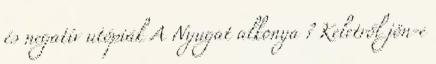
és negatív utópiák A Nyugat alkonya ? Keletről jön-e